Indian journal of veterinary science and animal husbandry - Volume 9,
Year: 1939
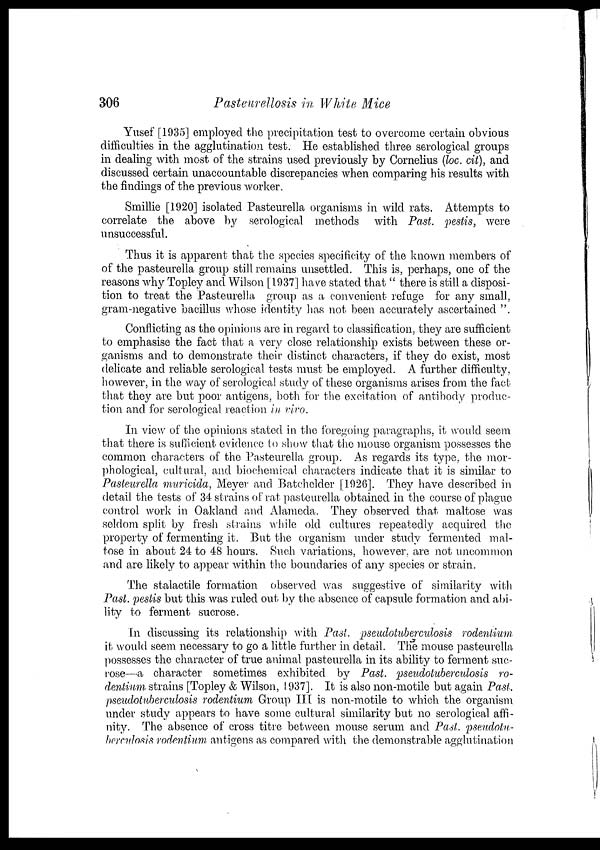
306
Pasteurellosis in White Mice
Yusef [1935] employed the precipitation test to overcome certain obvious
difficulties in the agglutination test. He established three serological groups
in dealing with most of the strains used previously by Cornelius (loc. cit), and
discussed certain unaccountable discrepancies when comparing his results with
the findings of the previous worker.
Smillie [1920] isolated Pasteurella organisms in wild rats. Attempts to
correlate the above by serological methods with Past. pestis, were
unsuccessful.
Thus it is apparent that the species specificity of the known members of
of the pasteurella group still remains unsettled. This is, perhaps, one of the
reasons why Topley and Wilson [1937] have stated that " there is still a disposi-
tion to treat the Pasteurella group as a convenient refuge for any small,
gram-negative bacillus whose identity has not been accurately ascertained ".
Conflicting as the opinions are in regard to classification, they are sufficient
to emphasise the fact that a very close relationship exists between these or-
ganisms and to demonstrate their distinct characters, if they do exist, most
delicate and reliable serological tests must be employed. A further difficulty,
however, in the way of serological study of these organisms arises from the fact
that they are but poor antigens, both for the excitation of antibody produc-
tion and for serological reaction in vivo.
In view of the opinions stated in the foregoing paragraphs, it would seem
that there is sufficient evidence to show that the mouse organism possesses the
common characters of the Pasteurella group. As regards its type, the mor-
phological, cultural, and biochemical characters indicate that it is similar to
Pasteurella muricida, Meyer and Batchelder [1926]. They have described in
detail the tests of 34 strains of rat pasteurella obtained in the course of plague
control work in Oakland and Alameda. They observed that maltose was
seldom split by fresh strains while old cultures repeatedly acquired the
property of fermenting it. But the organism under study fermented mal-
tose in about 24 to 48 hours. Such variations, however, are not uncommon
and are likely to appear within the boundaries of any species or strain.
The stalactile formation observed was suggestive of similarity with
Past. petis but this was ruled out by the absence of capsule formation and abi-
lity to ferment sucrose.
In discussing its relationship with Past. pseudotuberculosis rodentium
it would seem necessary to go a little further in detail. The mouse pasteurella
possesses the character of true animal pasteurella in its ability to ferment suc-
rose—a character sometimes exhibited by Past. pseudotuberculosis ro-
dentium strains [Topley & Wilson, 1937]. It is also non-motile but again Past.
pseudotuberculosis rodentium Group III is non-motile to which the organism
under study appears to have some cultural similarity but no serological affi-
nity. The absence of cross titre between mouse serum and Past. pseudotu-
berculosis rodentium antigens as compared with the demonstrable agglutination